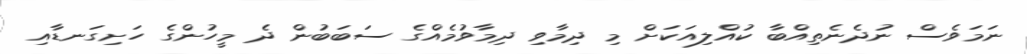
ނަމަވެސް ނުދެނެތިއްބާ ކުއްލިއަކަށް މި ދިމާވި ދިމާވުމެއްގެ ސަބަބުން ދެ މީހުންގެ ހަށިގަނޑާއި